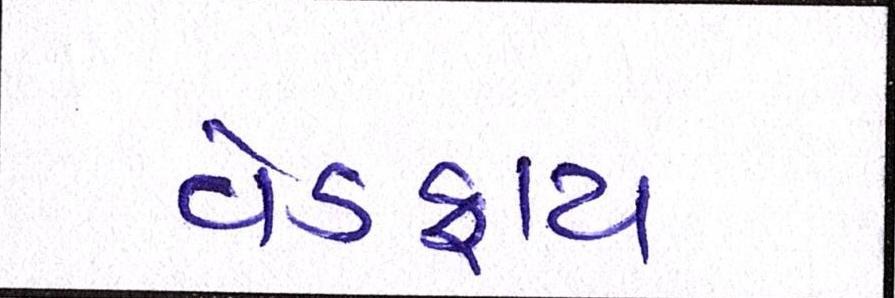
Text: વેડફાય